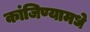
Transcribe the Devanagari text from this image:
कांजिण्यामधे